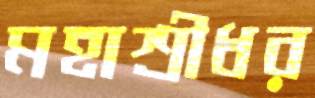
মহাশ্রীধর